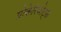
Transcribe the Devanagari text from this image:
प्रोकेरियोट्स